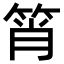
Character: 筲